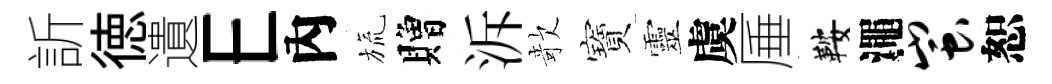
訢徳遺E內旒贈泝欹寶靈虞厜鞍澠蚩恕